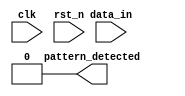
module dual_ff_detector (
    input wire clk,                // Clock signal
    input wire rst_n,              // Active low reset
    input wire data_in,            // Serial input data stream
    output reg pattern_detected     // Output signal indicating pattern detection
);

// Parameters for the specific pattern we want to detect
parameter PATTERN_WIDTH = 2;     // Width of the pattern (for example, 2 bits)
parameter [PATTERN_WIDTH-1:0] PATTERN = 2'b11; // Example pattern to detect (11)

reg data_ff1;                     // First flip-flop
reg data_ff2;                     // Second flip-flop

// Flip-flops for synchronization
always @(posedge clk or negedge rst_n) begin
    if (!rst_n) begin
        data_ff1 <= 1'b0;
        data_ff2 <= 1'b0;
    end else begin
        data_ff1 <= data_in;      // Sample input data
        data_ff2 <= data_ff1;     // Synchronize with the second flip-flop
    end
end

// Pattern detection logic
always @(*) begin
    if (data_ff2 == PATTERN) begin
        pattern_detected = 1'b1;   // Pattern detected
    end else begin
        pattern_detected = 1'b0;   // No pattern detected
    end
end

endmodule